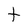
Character: t